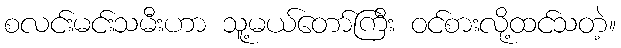
စလင်းမင်းသမီးဟာ သူ့မယ်တော်ကြီး ဝင်စားလို့ထင်သတဲ့။